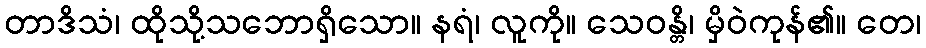
တာဒိသံ၊ ထိုသို့သဘောရှိသော။ နရံ၊ လူကို။ သေဝန္တိ၊ မှိဝဲကုန်၏။ တေ၊